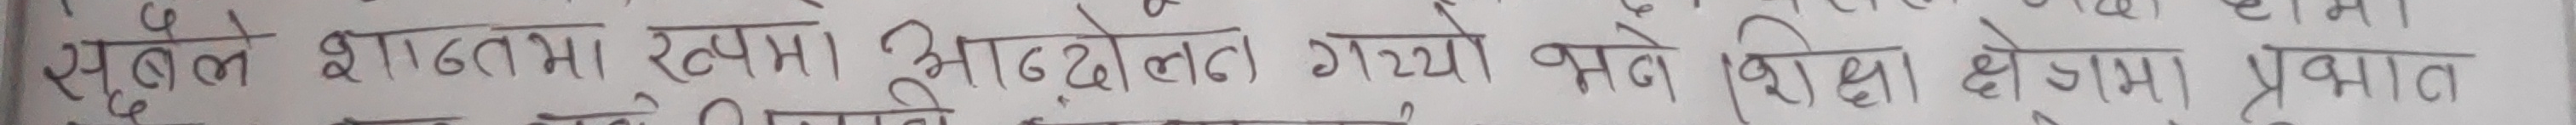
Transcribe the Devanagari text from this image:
सुबले क्षेत्रमा रखमा आन्दोलन गय्यौ भने शिक्षा क्षेत्रमा प्रभाव